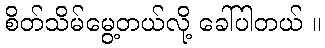
စိတ်သိမ်မွေ့တယ်လို့ ခေါ်ပါတယ် ။